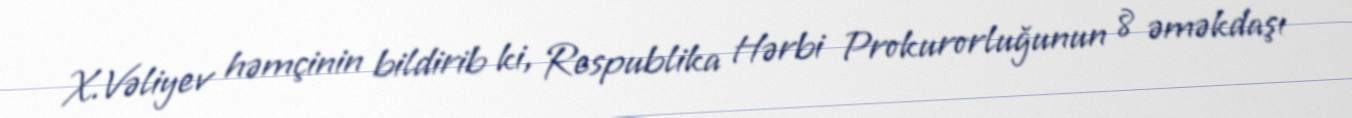
X.Vəliyev həmçinin bildirib ki, Respublika Hərbi Prokurorluğunun 8 əməkdaşı